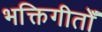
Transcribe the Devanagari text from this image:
भक्तिगीतोँ